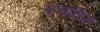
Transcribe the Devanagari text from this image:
संसाघित